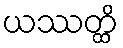
ယဿတ္ထိ